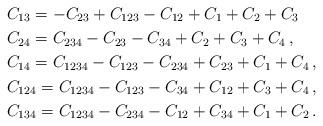
LaTeX: \begin{align*}&C_{13}=-C_{23}+C_{123}-C_{12}+C_1+C_2+C_3\\&C_{24} = C_{234} - C_{23} - C_{34} + C_2 + C_3 + C_4\,,\\&C_{14} = C_{1234} - C_{123} - C_{234} + C_{23} + C_1 + C_4\,,\\&C_{124} =C_{1234} - C_{123} - C_{34} + C_{12} + C_{3} + C_{4}\,,\\&C_{134} = C_{1234} - C_{234} - C_{12} + C_{34} + C_1 + C_2\,.\end{align*}